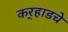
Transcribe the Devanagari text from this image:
कर्‍हाडचे